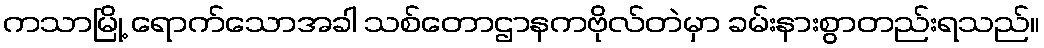
ကသာမြို့ ရောက်သောအခါ သစ်တောဌာနကဗိုလ်တဲမှာ ခမ်းနားစွာတည်းရသည်။